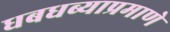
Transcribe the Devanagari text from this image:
धबधब्याप्रमाणे